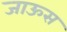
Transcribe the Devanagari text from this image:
जाऊस